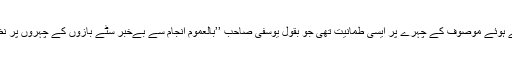
یہ بات کرتے ہوئے موصوف کے چہرے پر ایسی طمانیت تھی جو بقول یوسفی صاحب ’’بالعموم انجام سے بےخبر سٹے بازوں کے چہروں پر نظر آتی ہے‘‘۔